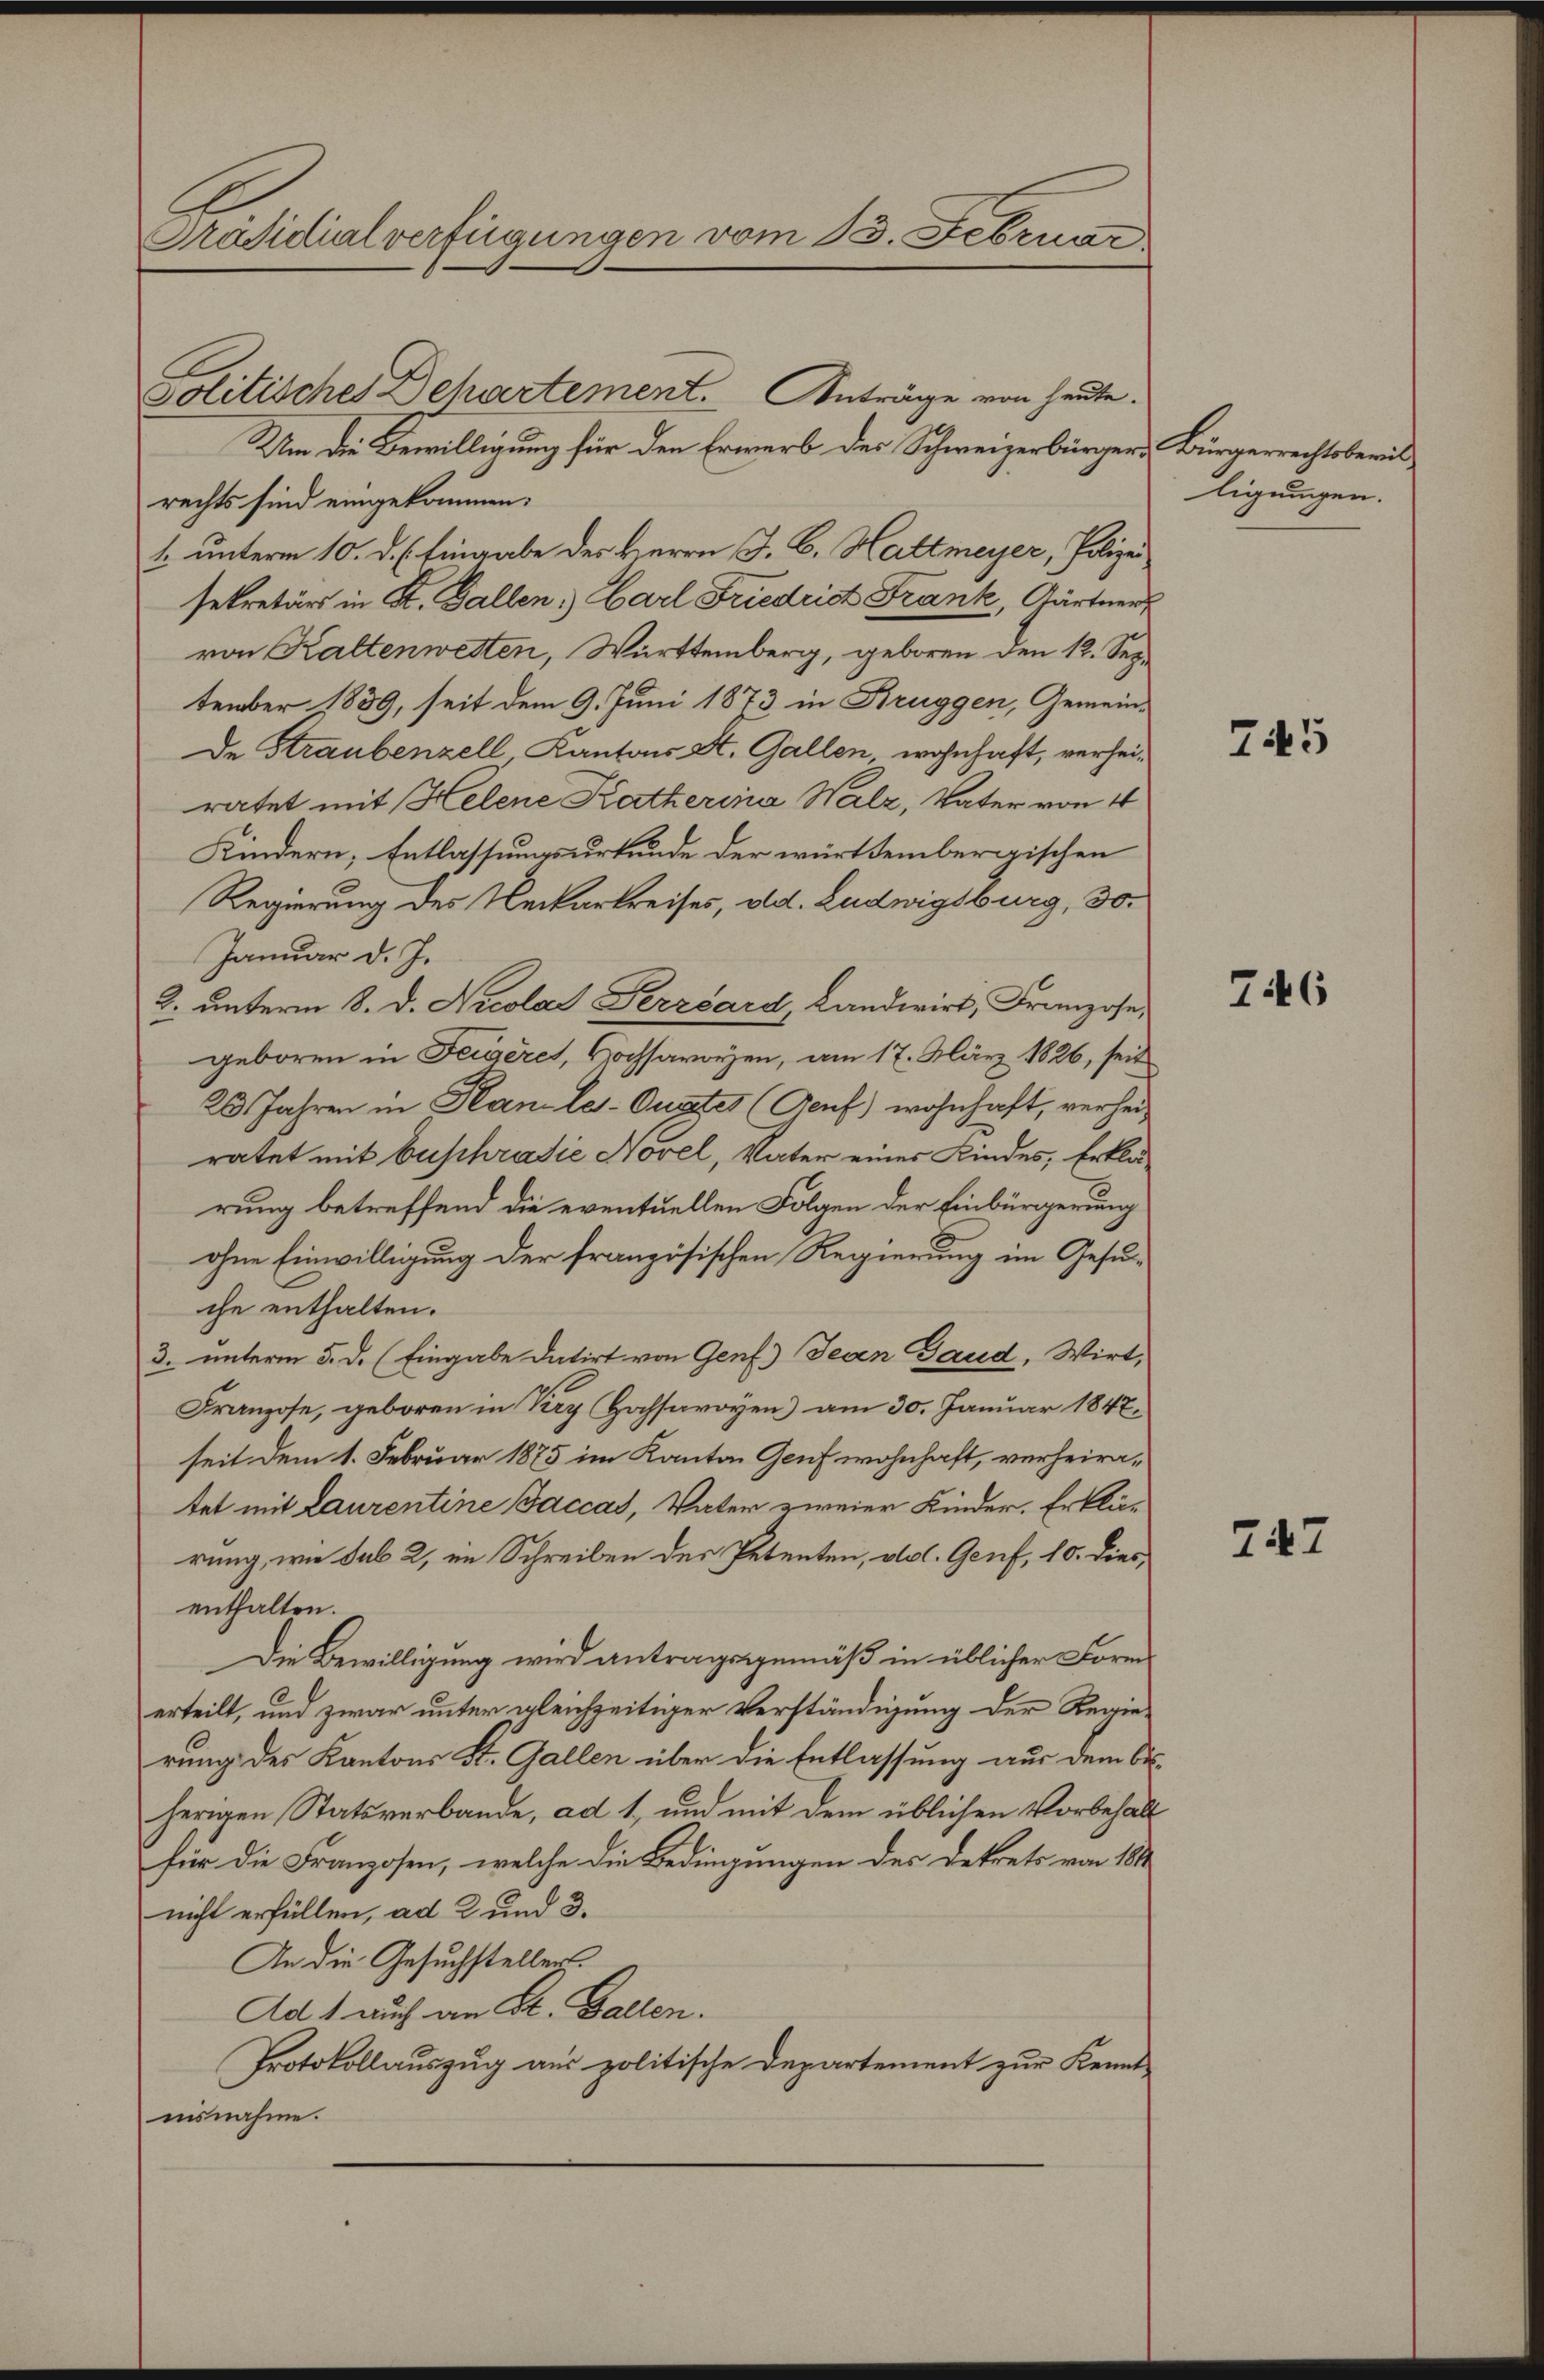
Präsidialverfügungen vom 13. Februar

Um die Bewilligung für den Erwerb des Schweizerbürgers Bürgerrechtsberis
rechts sind eingekommen:
1. unterm 10. d. h. Eingabe der Herrn J. C. Haltmeyer, Polizei
sekretär in St. Gallen: Carl Friedrist Frank, Gärtner
von Kaltenwesten, Württemberg, geboren den 12. September 1839, seit dem 9. Juni 1873 in Bruggen, Gemeinde Straubenzell, Kantons St. Gallen, wohnhaft, verheiratet mit Helene Katherina Walz, Vater von 4
Kindern, Entlassungsurkunde der württembergischen
Regierung des Neckarkreises, od. Ludwigsburg, 30.
Januar d. J.
2. unterm 8. d. Nicolas Perzbard, Landwirt, Franzose,
geboren in Feigeres, Hochsavoyen, am 17. März 1826, seit
20 Jahren in Han-le-Ougtes (Genf) wohnhaft, verhei-
ratet mit buschradie Novel, Vater einer Kindes, Erklärung betreffend die eventuellen Folgen der Einbürgerung
ohne Einwilligung der französischen Regierung im Gesuche enthalten.
3. unterm 5. d. (Eingabe datirt von Genf) Jean Gaud, Wirt,
Franzose, geboren in Kry Hochsavoyen) am 30. Januar 1847.
seit dem 1. Februar 1875 im Kanton Genf wohnhaft, verheiratet mit Laurentine Jaccas, Vater zweier Kinder. Erklärung, wie sub 2, im Schreiben des Petenten, vol. Genf, 10. diesenthalten.
Die Bewilligung wird antragsgemäß in üblicher Form
erteilt, und zwar unter gleichzeitiger Verständigung der Regie-
rung des Kantons St. Gallen über die Entlassung aus dem be
herigen Statsverbande, ad 1, und mit dem üblichen Vorbehalt
für die Franzosen, welche die Bedingungen des Dekrets von 184
nicht erfüllen, ad 2 und 3.
An die Gesuchstellers
Ad 1. auch an St. Gallen.
Protokollauszug aus politische Departement zur Kennt-
isnahme.

Politisches Dehartement. Anträge von heute.

ligungen.

745

746

747